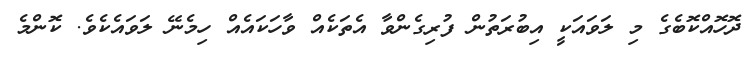
ދޮހޮއްކޮބެގެ މި ލަވައަކީ އިބުރަތުން ފުރިގެންވާ އެތަކެއް ވާހަކައެއް ހިމެނޭ ލަވައެކެވެ. ކޮންމެ